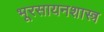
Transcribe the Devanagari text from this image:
भूरसायनशास्त्र